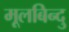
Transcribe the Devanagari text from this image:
मूलबिन्दु